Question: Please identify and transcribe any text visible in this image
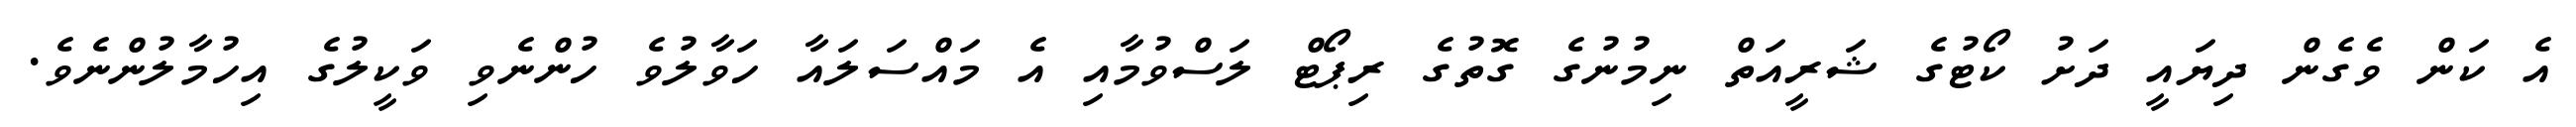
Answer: އެ ކަން ވެގެން ދިޔައީ ދަށު ކޯޓުގެ ޝަރީއަތް ނިމުނުގެ ގޮތުގެ ރިޕޯޓް ލަސްވުމާއި އެ މައްސަލައާ ހަވާލުވެ ހުންނެވި ވަކީލުގެ އިހުމާލުންނެވެ.